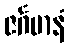
ဇင်္ဂမာနံ